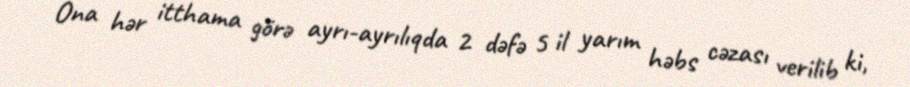
Ona hər itthama görə ayrı-ayrılıqda 2 dəfə 5 il yarım həbs cəzası verilib ki,